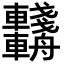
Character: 𨏺